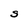
Character: S